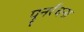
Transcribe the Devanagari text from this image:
पुनर्रंचना